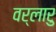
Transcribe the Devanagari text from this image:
वर्लारु